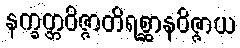
နက္ခတ္တဝိဇ္ဇာတိရစ္ဆာနဝိဇ္ဇာယ